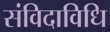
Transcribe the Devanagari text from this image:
संविदाविधि